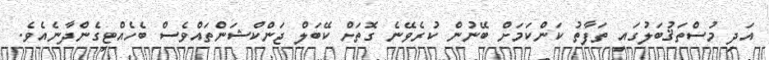
އަދި މުސްތަޤުބަލުގައި ތަފާތު ކަންކަމަށް ބޭނުން ކުރެވޭނެ ގޮތަށް ކޭބަލް ޖަންކްޝަންތައްވެސް ބެހެއްޓިގެންދާނެއެވެ.